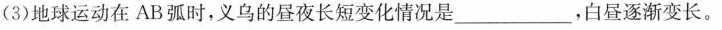
(3)地球运动在AB弧时，义乌的昼夜长短变化情况是______，白昼逐渐变长。